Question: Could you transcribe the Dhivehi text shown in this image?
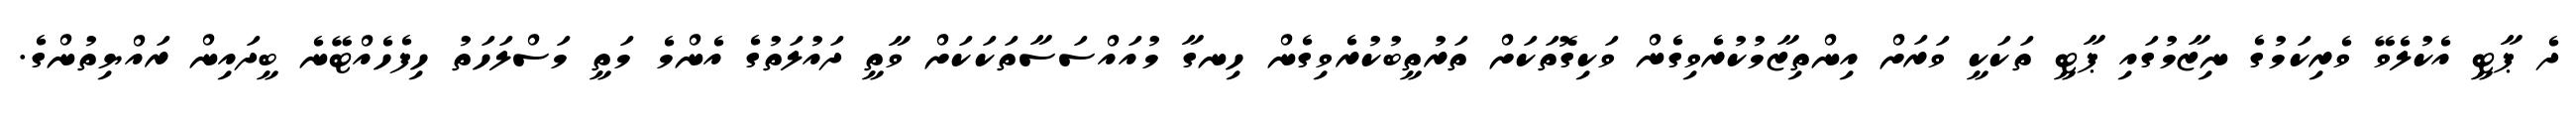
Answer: ދެ ޕާޓީ އެކުލެވޭ ވެރިކަމުގެ ނިޒާމުގައި ޕާޓީ ތަކަކީ ވަރަށް އިންތިޒާމުކުރެވިގެން ވަކިގޮތަކަށް ތަރުތީބުކުރެވިގެން ހިނގާ މުއައްސަސާތަކަކަށް ވާތީ ދައުލަތުގެ އެންމެ މަތީ މަސްލަހަތު ހިފެހެއްޓޭނެ ބީދައިން ރައްޔިތުންގެ.